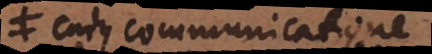
cujus communicatione